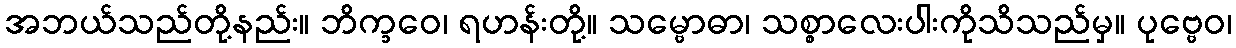
အဘယ်သည်တို့နည်း။ ဘိက္ခဝေ၊ ရဟန်းတို့။ သမ္ဗောဓာ၊ သစ္စာလေးပါးကိုသိသည်မှ။ ပုဗ္ဗေဝ၊